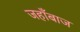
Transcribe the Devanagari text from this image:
जहाँबाज